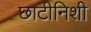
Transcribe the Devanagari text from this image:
छाटीनिशी